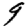
Digit: 9